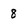
Character: 8